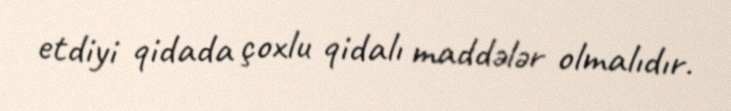
etdiyi qidada çoxlu qidalı maddələr olmalıdır.